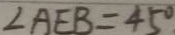
\angle A E B = 4 5 ^ { \circ }